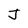
Character: J